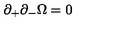
\partial _ { + } \partial _ { - } \Omega = 0 ~